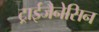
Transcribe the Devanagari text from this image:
ट्राईजैनेसिन